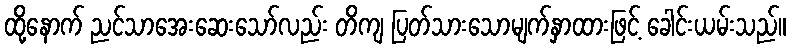
ထို့နောက် ညင်သာအေးဆေးသော်လည်း တိကျ ပြတ်သားသောမျက်နှာထားဖြင့် ခေါင်းယမ်းသည်။